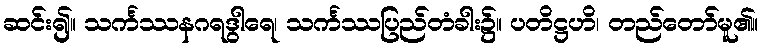
ဆင်း၍။ သင်္ကဿနဂရဒွါရေ၊ သင်္ကဿပြည်တံခါး၌။ ပတိဋ္ဌဟိ၊ တည်တော်မူ၏။